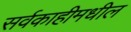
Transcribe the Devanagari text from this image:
सर्वकाहीमधील